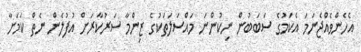
އެހެންވެއްޖެނަމަ އެކަމުގެ ސަބަބުން ނިކުންނަ މައްސަލަތަކުގެ ޒިންމާ ސަރުކާރަށް އުފުލެން ނެތް ކަމަށާ